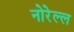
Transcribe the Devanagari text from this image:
नोरेल्ल